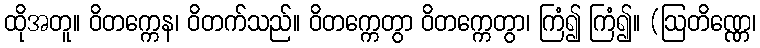
ထိုအတူ။ ဝိတက္ကေန၊ ဝိတက်သည်။ ဝိတက္ကေတွာ ဝိတက္ကေတွာ၊ ကြံ၍ ကြံ၍။ (ဩတိဏ္ဏေ၊